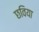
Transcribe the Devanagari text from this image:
छविया